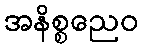
အနိစ္စညေဝ